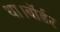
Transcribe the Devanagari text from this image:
था।बॉर्डर